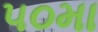
૫૦મા